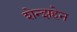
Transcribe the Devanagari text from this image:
शेन्झहेन